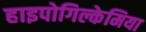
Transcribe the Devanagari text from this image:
हाइपोगिल्केमिया